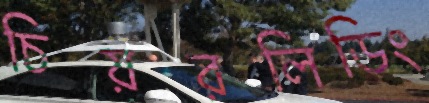
চিয়রলিডিং